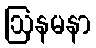
ဩနမနာ